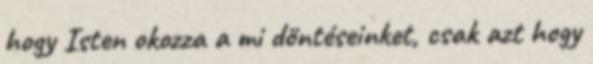
hogy Isten okozza a mi döntéseinket, csak azt hogy